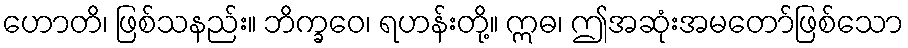
ဟောတိ၊ ဖြစ်သနည်း။ ဘိက္ခဝေ၊ ရဟန်းတို့။ ဣဓ၊ ဤအဆုံးအမတော်ဖြစ်သော